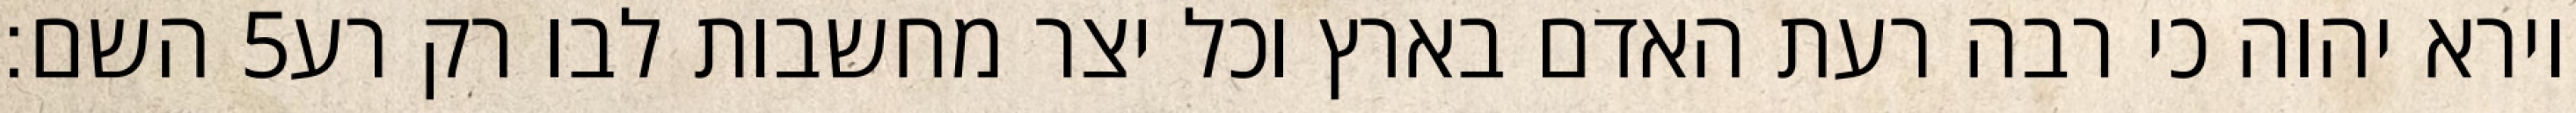
השם׃ ‎5‏ וירא יהוה כי רבה רעת האדם בארץ וכל יצר מחשבות לבו רק רע